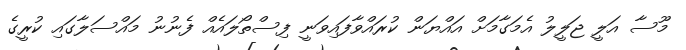
މޫސާ އަލީ ޖަލީލު އެމަގާމަށް އައްޔަން ކުރައްވާފައިވަނީ ފިސްތޯލައެއް ފެނުނު މައްސަލާގައި ކުރީގެ